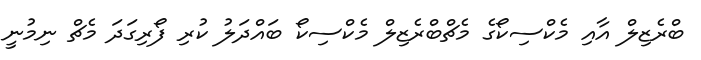
ބްރެޒިލް އާއި މެކްސިކޯގެ މެޗްބްރެޒިލް މެކްސިކޯ ބައްދަލު ކުރި ފޯރިގަދަ މެޗް ނިމުނީ